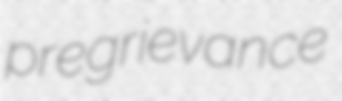
pregrievance